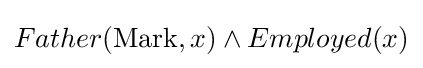
Father({\text{Mark}},x)\wedge Employed(x)